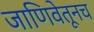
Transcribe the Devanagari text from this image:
जाणिवेतूनच